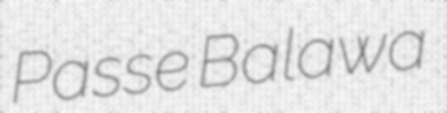
Passe Balawa